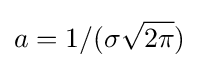
a=1/(\sigma {\sqrt {2\pi }})